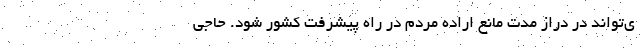
ی‌تواند در دراز مدت مانع اراده مردم در راه پیشرفت کشور شود. حاجی‌